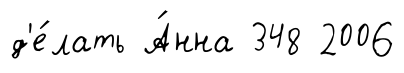
д'е́лать А́нна 348 2006